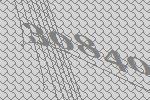
30840